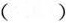
（）